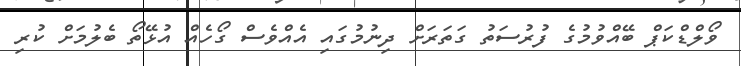
ވޯލްޑްކަޕް ބޭއްވުމުގެ ފުރުސަތު ގަތަރަށް ދިނުމުގައި އެއްވެސް ގޯހެއް އުޅޭތޯ ބެލުމަށް ކުރި